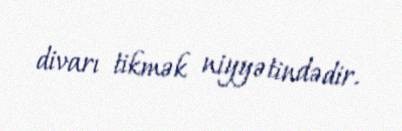
divarı tikmək niyyətindədir.